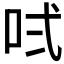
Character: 𠱌